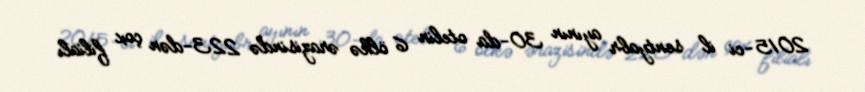
2015-ci il sentyabr ayının 30-da otelin 6 ölkə ərazisində 223-dən çox filialı